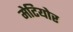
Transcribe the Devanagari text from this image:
मेटियोर